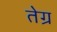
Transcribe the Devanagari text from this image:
तेग्र